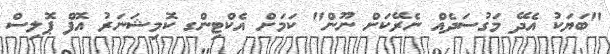
"ބަޔަކު އެދޭ މަގުސަދެއް ނެރޭކަށް ނޫން" ކަމަށް އެކްޓިންގ ކޮމިޝަނަރު އޮފް ޕޮލިސް